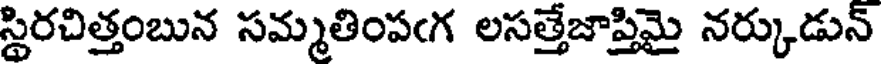
స్థిరచిత్తంబున సమ్మతింపఁగ లసత్తేజాప్తిమై నర్కుడున్